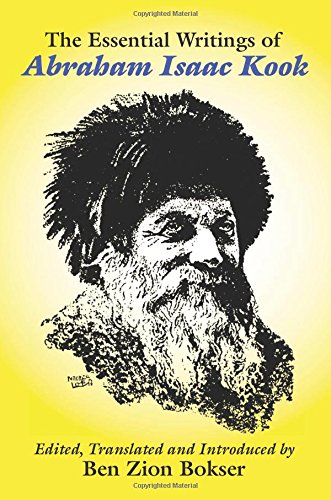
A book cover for The Essential Writings of Abraham Isaac Kook; Abraham Isaac Kook; Religion & Spirituality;